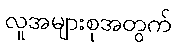
လူအများစုအတွက်